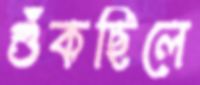
শুঁকছিলে